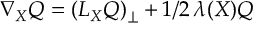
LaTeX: \nabla _ { X } Q = ( L _ { X } Q ) _ { \perp } + 1 / 2 \, \lambda ( X ) Q